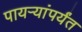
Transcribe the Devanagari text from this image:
पायऱ्यांपर्यंत